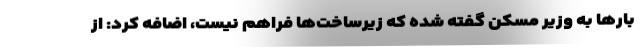
بارها به وزیر مسکن گفته شده که زیرساخت‌ها فراهم نیست، اضافه کرد: از